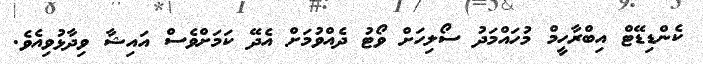
ކެންޑިޑޭޓް އިބްރާހީމް މުހައްމަދު ސޯލިހަށް ވޯޓު ދެއްވުމަށް އެދޭ ކަމަށްވެސް އައިޝާ ވިދާޅުވިއެވެ.